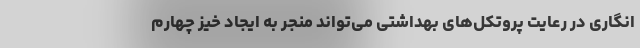
انگاری در رعایت پروتکل‌های بهداشتی می‌تواند منجر به ایجاد خیز چهارم